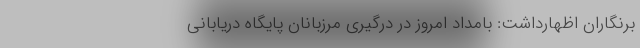
برنگاران اظهارداشت: بامداد امروز در درگیری مرزبانان پایگاه دریابانی